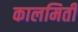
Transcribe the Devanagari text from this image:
कालमिती